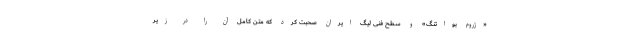
«ژروم بواتنگ» و سطح فنی لیگ ایران صحبت کرد که متن کامل آن را در زیر